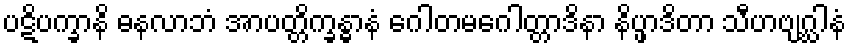
ပဋိပက္ခာနိ ဓနလာဘံ အာပတ္တိက္ခန္ဓာနံ ဂေါတမဂေါတ္တာဒိနာ နိပ္ဖာဒိတာ သီဟဗျဂ္ဃါနံ